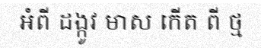
អំពី ដង្កូវ មាស កើត ពី ថ្ម